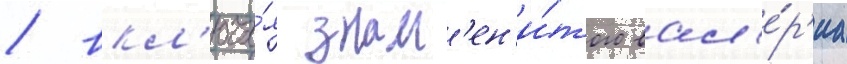
/ вкл'юча́я знам'ен'и́того вал'е́р'иа